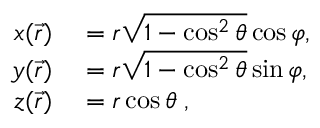
\begin{array} { r l } { x ( \vec { r } ) } & { { } = r \sqrt { 1 - \cos ^ { 2 } \theta } \cos \varphi , } \\ { y ( \vec { r } ) } & { { } = r \sqrt { 1 - \cos ^ { 2 } \theta } \sin \varphi , } \\ { z ( \vec { r } ) } & { { } = r \cos \theta \; , } \end{array}